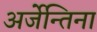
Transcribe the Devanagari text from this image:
अर्जेन्तिना